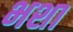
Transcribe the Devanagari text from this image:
भशा